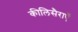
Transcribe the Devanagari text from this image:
कीलिसैराएँ